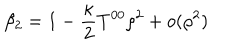
\beta _ { 2 } = 1 - { \frac { \kappa } { 2 } } T ^ { 0 0 } \rho ^ { 2 } + o ( \rho ^ { 2 } )